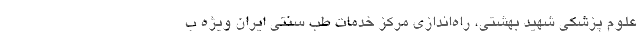
علوم پزشکی شهید بهشتی، راه‌اندازی مرکز خدمات طب سنتی ایران ویژه ب